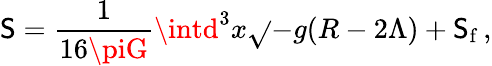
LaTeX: \mathsf{S}=\frac{{1}}{{16\piG}}\intd^{3}x\sqrt{}{{-g}}(R-2\Lambda)+\mathsf{S}_{\mathrm{{f}}}\, ,